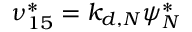
\nu _ { 1 5 } ^ { * } = k _ { d , N } \psi _ { N } ^ { * }